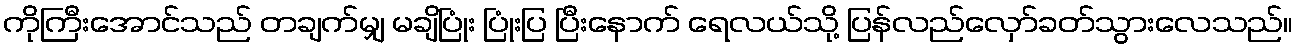
ကိုကြီးအောင်သည် တချက်မျှ မချိပြုံး ပြုံးပြ ပြီးနောက် ရေလယ်သို့ ပြန်လည်လှော်ခတ်သွားလေသည်။